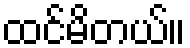
ထင်မိတယ်။